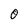
Character: 0